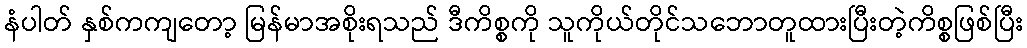
နံပါတ် နှစ်ကကျတော့ မြန်မာအစိုးရသည် ဒီကိစ္စကို သူကိုယ်တိုင်သဘောတူထားပြီးတဲ့ကိစ္စဖြစ်ပြီး